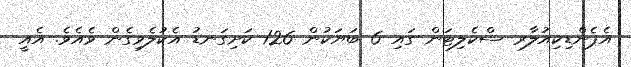
އެޕެންޑިކިއުލާރ ސްކެލިޓަން ގައި 6 ބަޔަކުން 126 ކަށިގަނޑު އެކުލެވިގެން ވެއެވެ. އެއީ